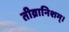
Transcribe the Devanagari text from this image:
तीव्रानिशम्।